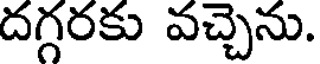
దగ్గరకు వచ్చెను.